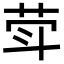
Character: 𦮜